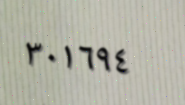
٣٠١٦٩٤